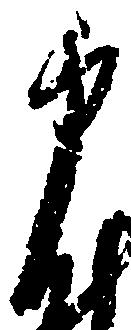
申